Annual report of the Civil Veterinary Department, Bengal, for the year 1897-98 - 1897-1898
Year: 1897
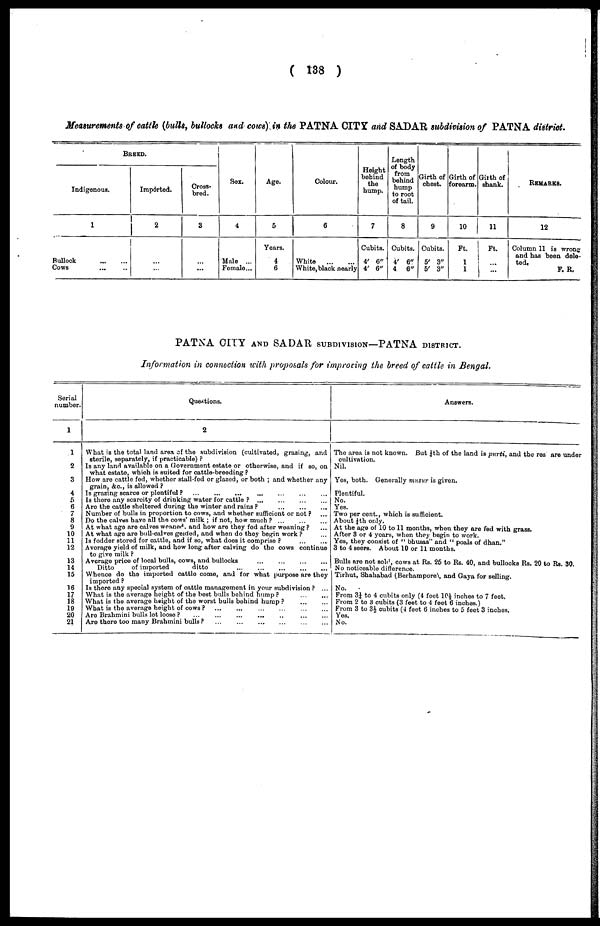
( 138 )
Measurements of cattle (bulls, bullocks and cows) in the PATNA CITY and SADAR subdivision of PATNA district.
BREED.
Indigenous.
1
Bullock
...
...
Cows ... ...
Imported.
2
...
...
Cross-
bred.
3
...
...
Sex.
4
Male ...
Female...
Age.
5
Years.
4
6
Colour.
6
White
...
...
White, black nearly
Height
behind
the
hump.
7
Cubits.
4' 6"
4' 6"
Length
of body
from
behind
hump
to root
of tail.
8
Cubits.
4' 6"
4
6"
Girth of
chest.
9
Cubits.
5' 3"
5' 3"
Girth of
forearm.
10
Ft.
1
1
Girth of
shank.
11
Ft.
...
...
REMARKS.
12
Column 11 is wrong
and has been dele-
ted,
F. R.
PATNA CITY AND SADAR SUBDIVISION—PATNA DISTRICT.
Information in connection with proposals for improving the breed of cattle in Bengal.
Serial
number.
1
1
2
3
4
5
6
7
8
9
10
11
12
13
14
15
16
17
18
19
20
21
Questions.
2
What is the total land area of the subdivision (cultivated, grazing, and
sterile, separately, if practicable) ?
Is any land available on a Government estate or otherwise, and if so, on
what estate, which is suited for cattle-breeding ?
How are cattle fed, whether stall-fed or glazed, or both ; and whether any
grain, &c., is allowed ?
Is grazing scarce or plentiful ?
...
...
...
..
...
...
Is there any scarcity of drinking water for cattle ?
...
...
...
...
Are the cattle sheltered during the winter and rains ?
...
...
...
Number of bulls in proportion to cows, and whether sufficient or not ? ...
Do the calves have all the cows' milk ; if not, how much ?
...
...
...
At what age are calves weaned and how are they fed after weaning ? ...
At what age are bull-calves geided, and when do they begin work ? ...
Is fodder stored for cattle, and if so, what does it comprise
?
...
...
Average yield of milk, and how long after calving do the cows continue
to give milk ?
Average price of local bulls, cows, and bullocks ... ... ... ... ... ... ...
Ditto
of imported
ditto
...
...
...
...
...
...
...
Whence do the imported cattle come, and for what purpose are they
imported ?
Is there any special system of cattle management in your subdivision ? ...
What is the average height of the best bulls behind hump ?
...
...
What is the average height of the worst bulls behind hump ?
...
...
What is the average height of cows ?
...
...
Are Brahmini bulls let loose ?
...
...
...
...
...
...
Are there too many Brahmini bulls ?
... ... ... ... ... ...
Answers.
The area is not known. But ¼th of the land is purti, and the res are under
cultivation.
Nil.
Yes, both. Generally musur is given.
Plentiful.
No.
Yes.
Two per cent., which is sufficient.
About ¼th only.
At the age of 10 to 11 months, when they are fed with grass.
After 3 or 4 years, when they begin to work.
Yes, they consist of " bhusas" and " poals of dhan."
3 to 4 seers. About 10 or 11 months.
Bulls are not sold, cows at Rs. 25 to Rs. 40, and bullocks Rs. 20 to Rs. 30.
No noticeable difference.
Tirhut, Shahabad (Berhampore), and Gaya for selling.
No.
From 3¼ to 4 cubits only (4 feet 10½ inches to 7 feet.
From 2 to 3 cubits (3 feet to 4 feet 6 inches.)
From 3 to 3½ cubits (4 feet 6 inches to 5 feet 3 inches.
Yes.
No.